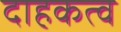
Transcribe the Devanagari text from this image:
दाहकत्व